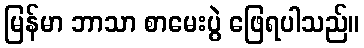
မြန်မာ ဘာသာ စာမေးပွဲ ဖြေရပါသည်။